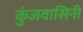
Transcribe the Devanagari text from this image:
कुंजवासिनी